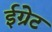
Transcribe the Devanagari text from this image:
ईग्रेट